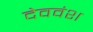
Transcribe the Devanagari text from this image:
देववंश